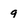
Character: g